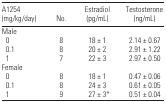
| A1254 (mg/kg/day) | No. | Estradiol (pg/mL) | Testosterone (ng/mL) |
 | --- | --- | --- | --- |
 | <COLSPAN=4> Male |
 | 0 | 8 | 18 ± 1 | 2.14 ± 0.67 |
 | 0.1 | 8 | 20 ± 2 | 2.91 ± 1.22 |
 | 1 | 7 | 22 ± 3 | 2.97 ± 0.50 |
 | <COLSPAN=4> Female |
 | 0 | 8 | 18 ± 1 | 0.47 ± 0.06 |
 | 0.1 | 8 | 24 ± 3 | 0.61 ± 0.05 |
 | 1 | 9 | 27 ± 3* | 0.51 ± 0.04 |